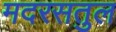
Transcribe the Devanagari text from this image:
मदरसतुल